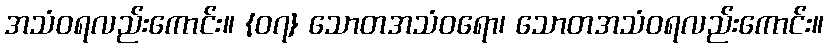
အသံဝရလည်းကောင်း။ {၀၇} သောတအသံဝရော၊ သောတအသံဝရလည်းကောင်း။